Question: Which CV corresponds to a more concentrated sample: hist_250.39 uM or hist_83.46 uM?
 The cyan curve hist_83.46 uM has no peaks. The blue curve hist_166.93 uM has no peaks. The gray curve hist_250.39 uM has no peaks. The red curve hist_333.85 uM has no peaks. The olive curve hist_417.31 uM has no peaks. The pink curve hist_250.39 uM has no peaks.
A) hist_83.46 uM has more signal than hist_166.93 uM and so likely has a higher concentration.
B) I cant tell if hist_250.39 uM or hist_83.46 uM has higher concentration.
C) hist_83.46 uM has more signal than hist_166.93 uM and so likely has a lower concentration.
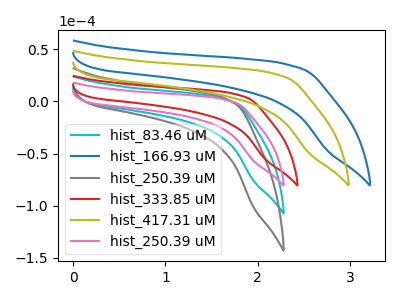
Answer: <think>Neither "hist_250.39 uM" or "hist_83.46 uM" have any peaks.
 </think>
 <answer>B) I cant tell if "hist_250.39 uM" or "hist_83.46 uM" has higher concentration.</answer>
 <eval>B</eval>